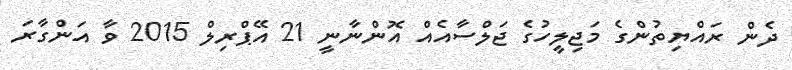
ދެން ރައްޔިތުންގެ މަޖިލީހުގެ ޖަލްސާއެއް އޮންނާނީ 21 އޭޕްރިލް 2015 ވާ އަންގާރަ